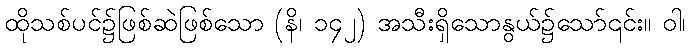
ထိုသစ်ပင်၌ဖြစ်ဆဲဖြစ်သော (နိ၊ ၁၄၂) အသီးရှိသောနွယ်၌သော်၎င်း။ ဝါ၊